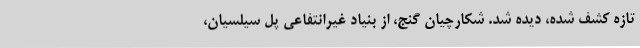
تازه کشف شده، دیده شد. شکارچیان گنج، از بنیاد غیرانتفاعی پل سیلسیان،